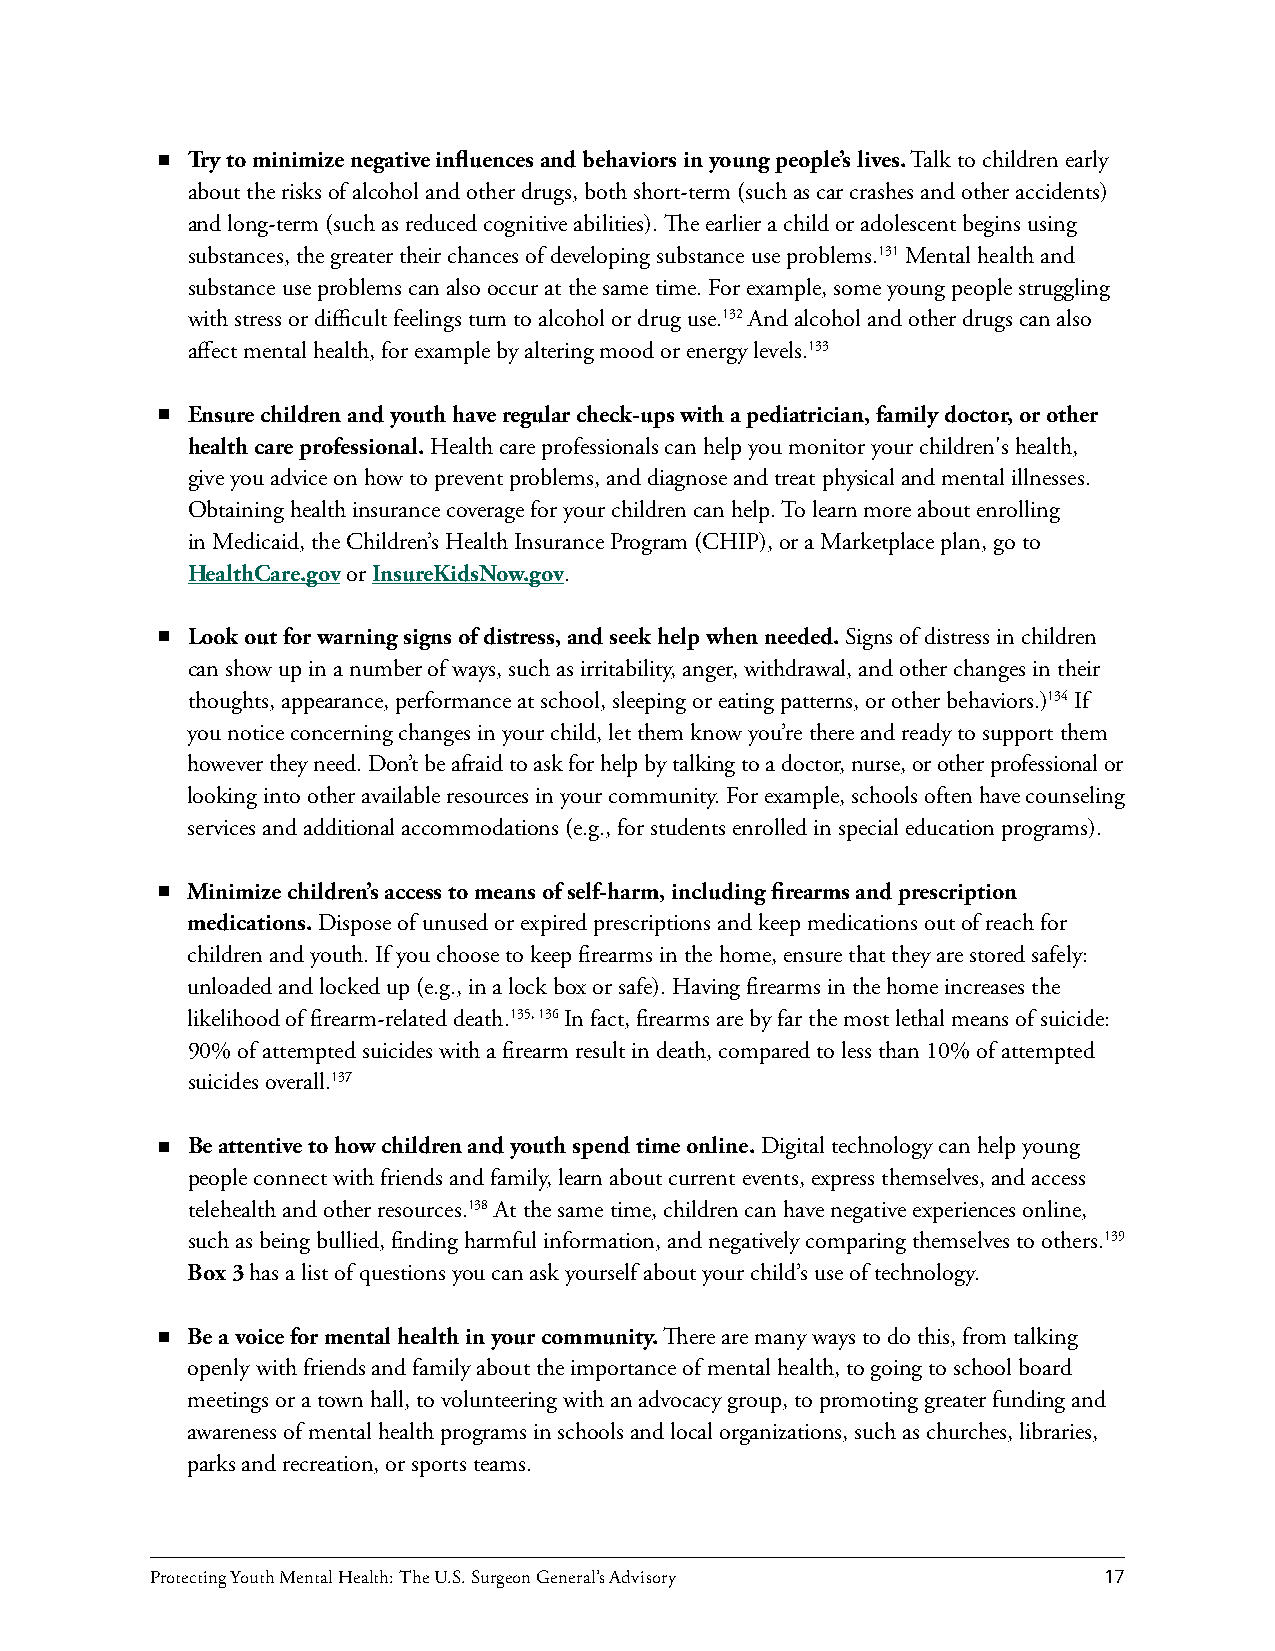
Try to minimize negative influences and behaviors in young people’s lives. Talk to children early
 about the risks of alcohol and other drugs, both short-term (such as car crashes and other accidents)
 and long-term (such as reduced cognitive abilities). The earlier a child or adolescent begins using
 substances, the greater their chances of developing substance use problems.131 Mental health and
 substance use problems can also occur at the same time. For example, some young people struggling
 with stress or difficult feelings turn to alcohol or drug use.132 And alcohol and other drugs can also
 affect mental health, for example by altering mood or energy levels.133
 Ensure children and youth have regular check-ups with a pediatrician, family doctor, or other
 health care professional. Health care professionals can help you monitor your children's health,
 give you advice on how to prevent problems, and diagnose and treat physical and mental illnesses.
 Obtaining health insurance coverage for your children can help. To learn more about enrolling
 in Medicaid, the Children’s Health Insurance Program (CHIP), or a Marketplace plan, go to
 HealthCare.gov or InsureKidsNow.gov.
 Look out for warning signs of distress, and seek help when needed. Signs of distress in children
 can show up in a number of ways, such as irritability, anger, withdrawal, and other changes in their
 thoughts, appearance, performance at school, sleeping or eating patterns, or other behaviors.)134 If
 you notice concerning changes in your child, let them know you’re there and ready to support them
 however they need. Don’t be afraid to ask for help by talking to a doctor, nurse, or other professional or
 looking into other available resources in your community. For example, schools often have counseling
 services and additional accommodations (e.g., for students enrolled in special education programs).
 Minimize children’s access to means of self-harm, including firearms and prescription
 medications. Dispose of unused or expired prescriptions and keep medications out of reach for
 children and youth. If you choose to keep firearms in the home, ensure that they are stored safely:
 unloaded and locked up (e.g., in a lock box or safe). Having firearms in the home increases the
 likelihood of firearm-related death.135, 136 In fact, firearms are by far the most lethal means of suicide:
 90% of attempted suicides with a firearm result in death, compared to less than 10% of attempted
 suicides overall.137
 Be attentive to how children and youth spend time online. Digital technology can help young
 people connect with friends and family, learn about current events, express themselves, and access
 telehealth and other resources.138 At the same time, children can have negative experiences online,
 such as being bullied, finding harmful information, and negatively comparing themselves to others.139
 Box 3 has a list of questions you can ask yourself about your child’s use of technology.
 Be a voice for mental health in your community. There are many ways to do this, from talking
 openly with friends and family about the importance of mental health, to going to school board
 meetings or a town hall, to volunteering with an advocacy group, to promoting greater funding and
 awareness of mental health programs in schools and local organizations, such as churches, libraries,
 parks and recreation, or sports teams.
 Protecting Youth Mental Health: The U.S. Surgeon General’s Advisory 17